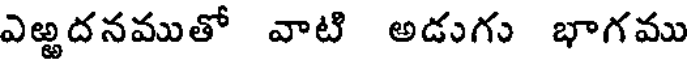
ఎఱ్ఱదనముతో వాటి అడుగు భాగము